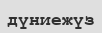
дүниежүз